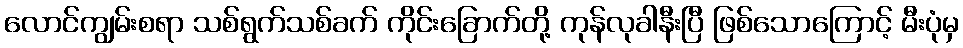
လောင်ကျွမ်းစရာ သစ်ရွက်သစ်ခက် ကိုင်းခြောက်တို့ ကုန်လုခါနီးပြီ ဖြစ်သောကြောင့် မီးပုံမှ